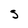
Character: S